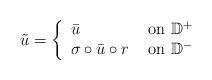
LaTeX: \begin{align*} \tilde{u} = \left\{ \begin{array}{ll}\bar u & \hbox{ on } \mathbb{D}^+ \\\sigma \circ \bar{u} \circ r & \hbox{ on } \mathbb{D}^- \end{array} \right. \end{align*}